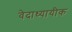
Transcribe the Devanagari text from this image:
वेदाध्यायीक